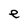
Character: e